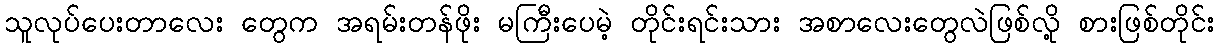
သူလုပ်ပေးတာလေး တွေက အရမ်းတန်ဖိုး မကြီးပေမဲ့ တိုင်းရင်းသား အစာလေးတွေလဲဖြစ်လို့ စားဖြစ်တိုင်း